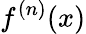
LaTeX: f^{(n)}(x)